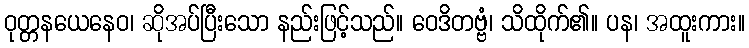
ဝုတ္တနယေနေဝ၊ ဆိုအပ်ပြီးသော နည်းဖြင့်သည်။ ဝေဒိတဗ္ဗံ၊ သိထိုက်၏။ ပန၊ အထူးကား။